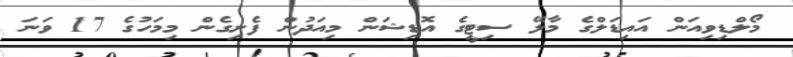
މޯލްޑިވިއަން އައިޑަލްގެ މާލޭ ސިޓީގެ އޮޑިޝަން މިއަދުން ފެށިގެން މިމަހުގެ 17 ވަނަ